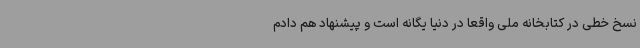
نسخ خطی در کتابخانه ملی واقعا در دنیا یگانه است و پیشنهاد هم دادم